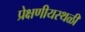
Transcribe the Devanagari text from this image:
प्रेक्षणीयस्थळी